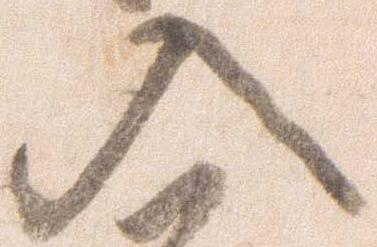
入